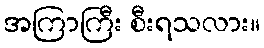
အကြာကြီး စီးရသလား။